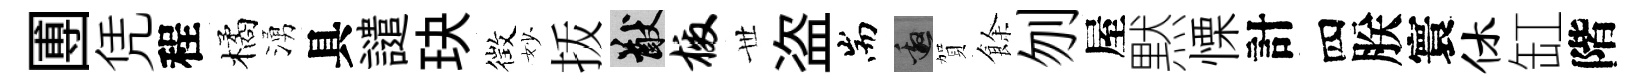
圑凭程橘湧具譴玦徴妙㧞猷檄𠀍盗耑邀賀餘刎屋黙慄計四朕寰休缸階